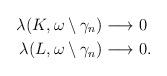
LaTeX: \begin{align*}\lambda(K,\omega\setminus\gamma_n)&\longrightarrow0\\\lambda(L,\omega\setminus\gamma_n)&\longrightarrow0.\end{align*}